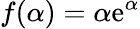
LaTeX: f(\alpha)=\alpha\mathrm{e}^{\alpha}